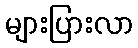
များပြားလာ